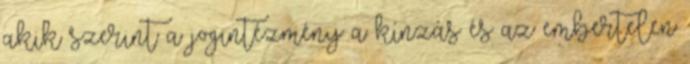
akik szerint a jogintézmény a kínzás és az embertelen